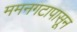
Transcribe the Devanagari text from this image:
ममनगटापासून